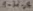
Text: 1-H-A